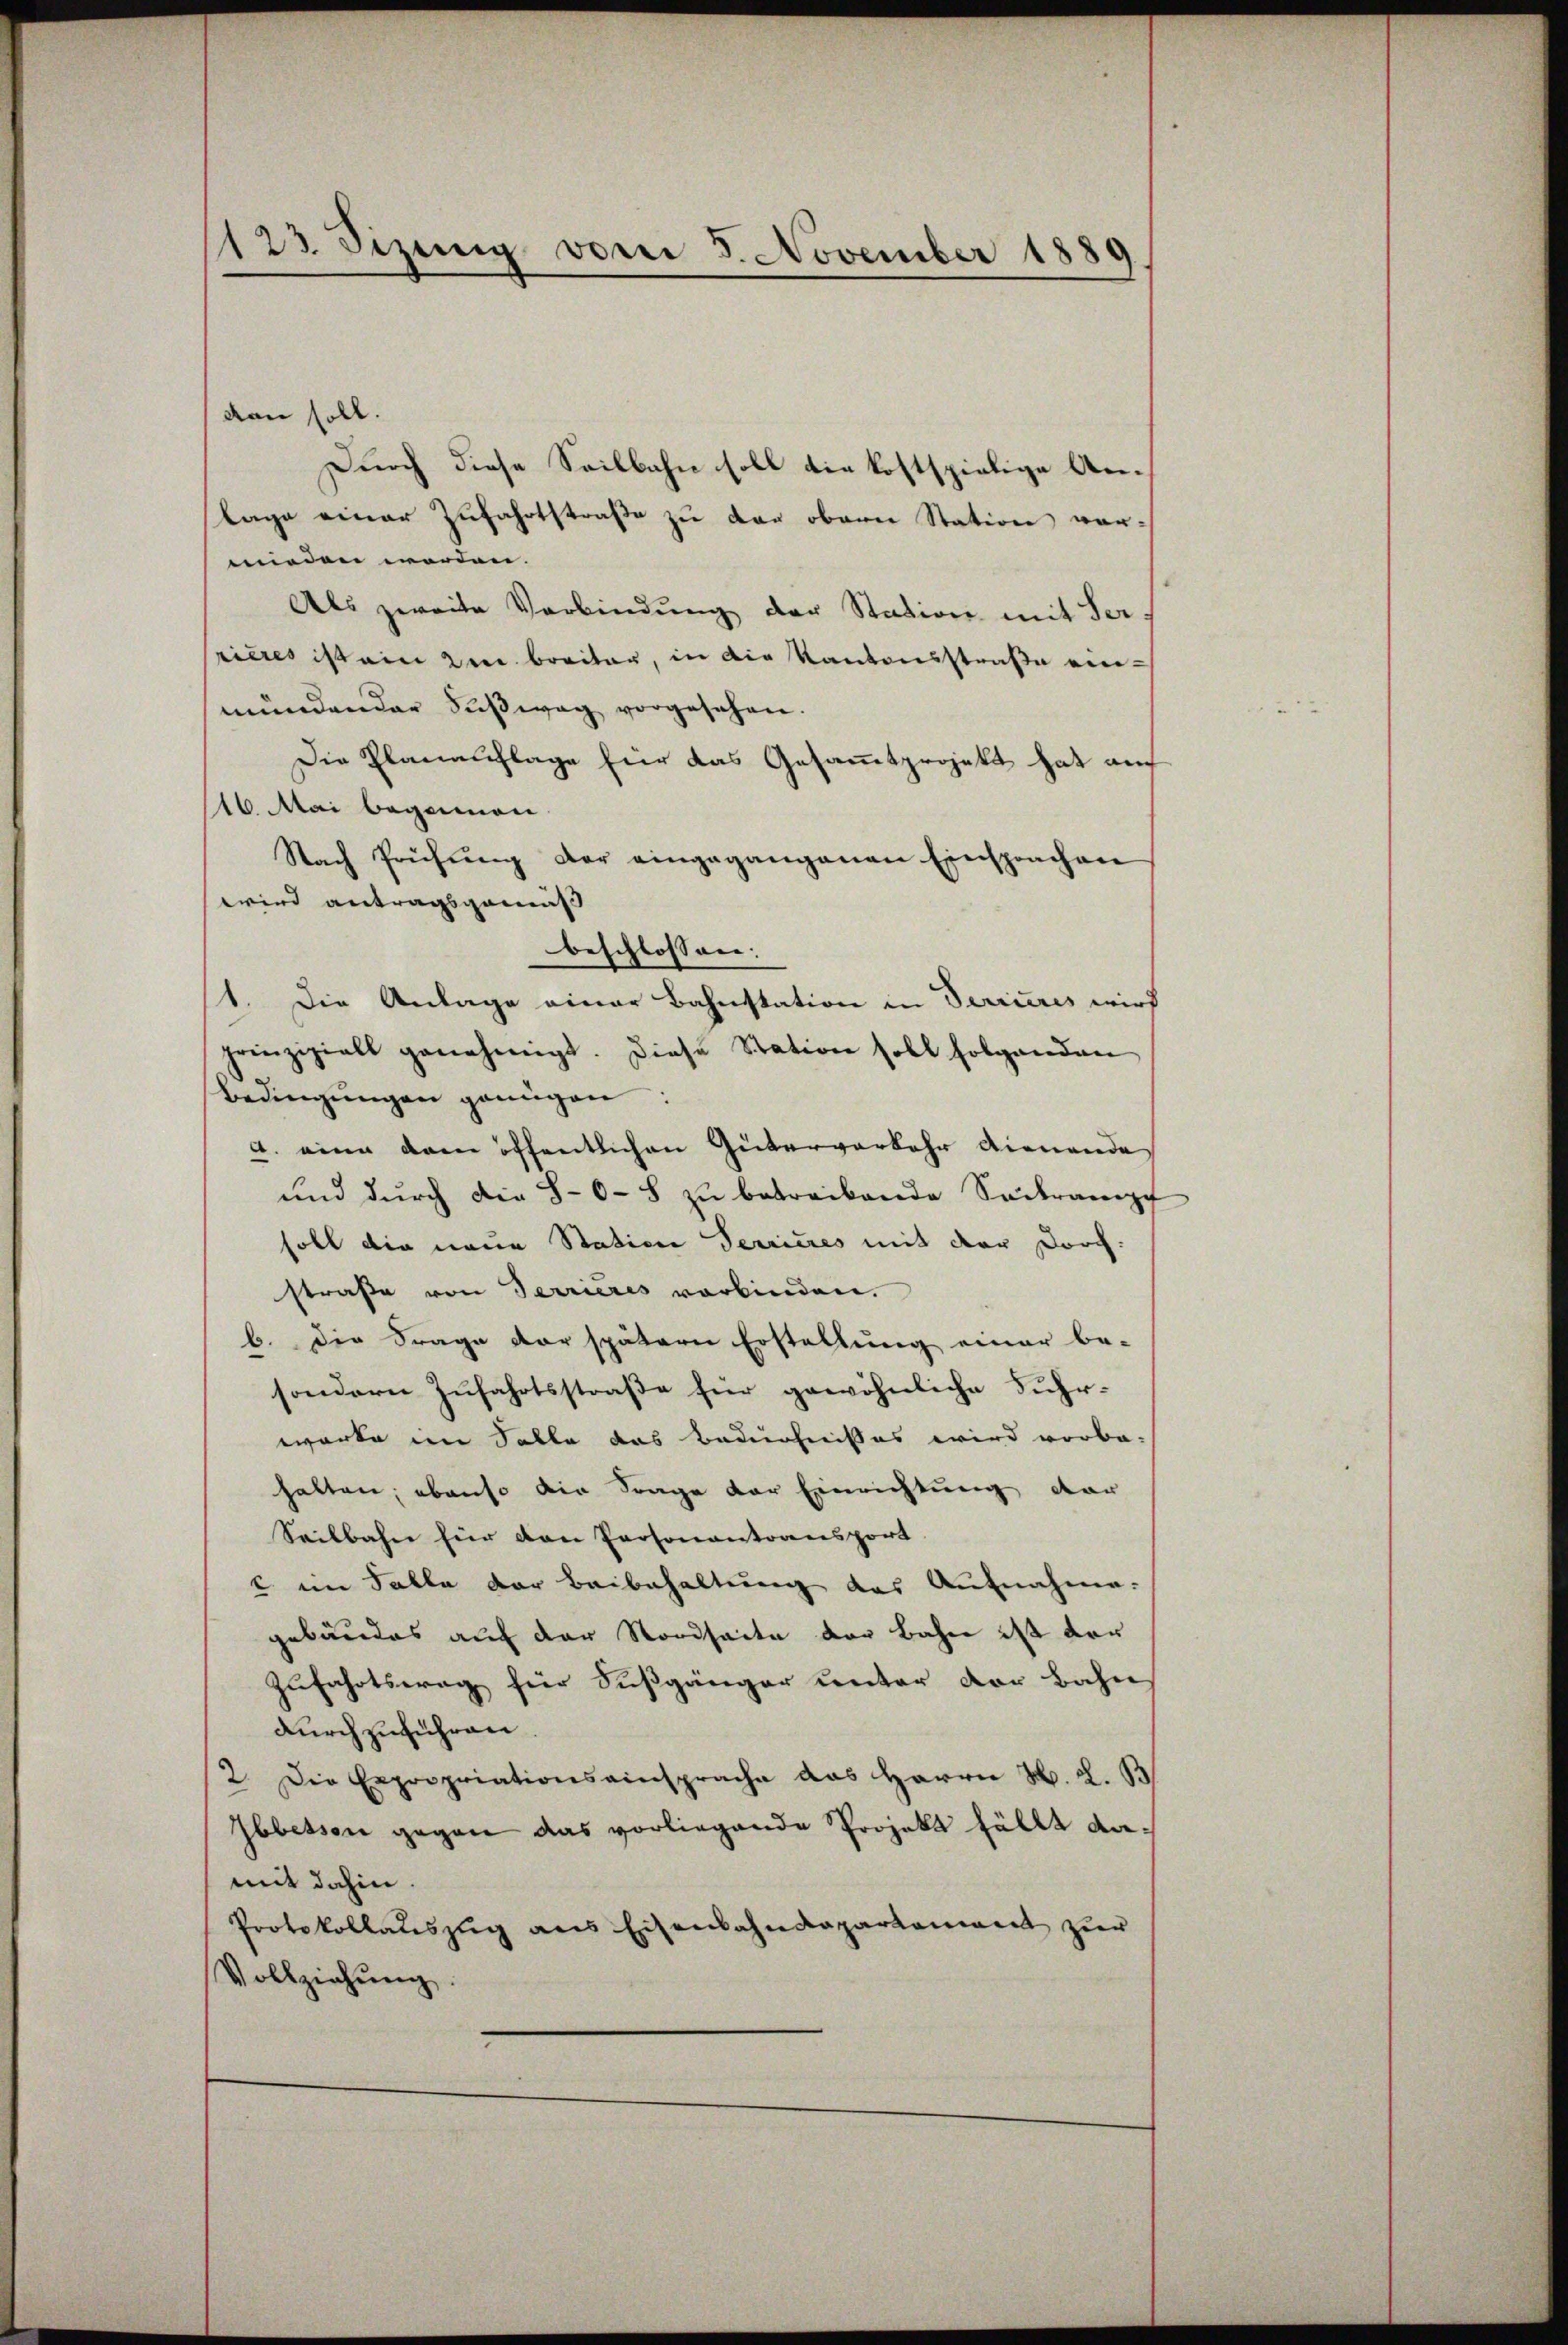
123 Sizung vom 8. November 1889

dan soll.
Durch diese Seilbahn soll die kostspielige Anlage einer Zufahrtstraße zu der obern Station vormieden worden.
Als zweite Verbindung der Station mit Ser
rieres ist ein zu breiter, in die Kantonsstraße einmündender Süβwag vorgesehen.
Die Planauflage für das Gesammtprojekt hat au
16. Mai begannen
Nach Prüfŭng der eingegangenen Einsprachen
wird antragsgemäß
beschlossen:
1. Die Anlage einer Bahnstation in Terrieres wird
prinzipiell genehmigt. Diese Station soll folgenden
Bedingŭngen genügen:
a. eine dem öffentlichen Güterverkehr dienende
und durch die 8-6-8 zu betreibende Seitrampf
soll die neue Station Terrieres mit der Durch.
straße von Terrieres verbinden.
b. Die Frage der spätern Erstellung einer be-
sondern Zufahrtsstraße für gewöhnliche Fuhr-
warte im Falle das Bedürfnißes wird vorbe-
halten; ebenso die Frage der Einrichtung dar
Seilbahn für den Personantransport
u im Falle der Beibehaltung das Aufnahme.
gebäudes auf der Nordseite der Bahn ist der
Zufahrtstrag für Fußgänger unter der Bahn
durchzuführen.
2. Die Expropriationsansprache das Herrn H. L. B.
Ihbessen gegen das vorliegende Projekt fällt damit dahin.
Protokollauszug aus Eisenbahndepartement zur
Vollziehŭng.